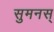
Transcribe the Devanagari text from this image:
सुमनस्‌